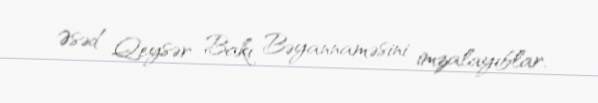
Əsəd Qeysər Bakı Bəyannaməsini imzalayıblar.